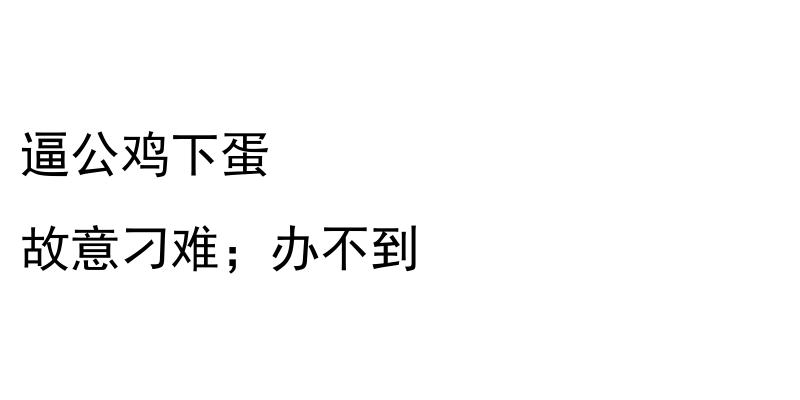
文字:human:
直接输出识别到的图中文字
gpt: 逼公鸡下蛋 故意刁难；办不到